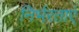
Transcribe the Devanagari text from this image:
निर्भरताएं